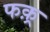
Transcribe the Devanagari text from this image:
फक़्र